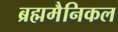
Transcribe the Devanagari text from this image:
ब्रह्ममैनिकल